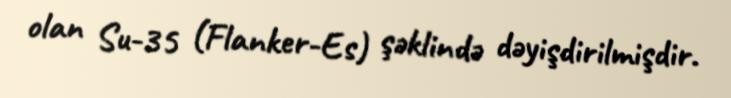
olan Su-35 (Flanker-Es) şəklində dəyişdirilmişdir.